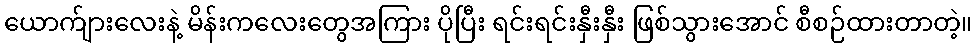
ယောက်ျားလေးနဲ့ မိန်းကလေးတွေအကြား ပိုပြီး ရင်းရင်းနှီးနှီး ဖြစ်သွားအောင် စီစဉ်ထားတာတဲ့။